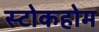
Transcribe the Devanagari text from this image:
स्टोकहोम